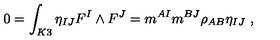
0 = \int _ { K 3 } \eta _ { I J } F ^ { I } \wedge F ^ { J } = m ^ { A I } m ^ { B J } \rho _ { A B } \eta _ { I J } \ ,